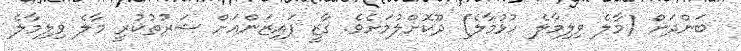
ބަންދަށް (މާލެ ވިލިމާލެ ހުޅުމާލެ) ދޫކޮށްލުމަށެވެ. ގާޒީ ފައިޒަންއަށް ޝަރުތުކުރީ މާލެ ވިލިމާލެ